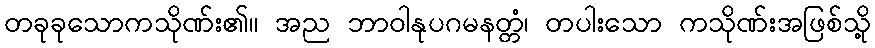
တခုခုသောကသိုဏ်း၏။ အည ဘာဝါနုပဂမနတ္တံ၊ တပါးသော ကသိုဏ်းအဖြစ်သို့